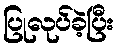
ပြုလုပ်ခဲ့ပြီး